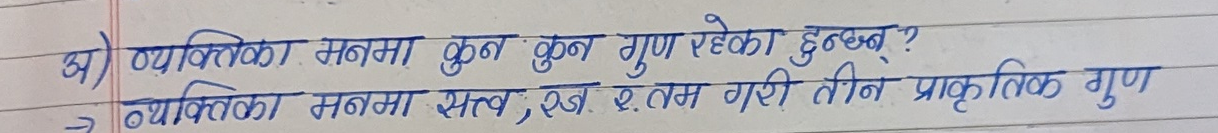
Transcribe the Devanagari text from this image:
व्यक्तिका मनमा सत्व, रज र.तम गरी तीन प्राकृतिक गुण